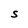
Character: S